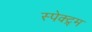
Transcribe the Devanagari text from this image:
स्पेक्ट्र्म